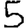
Digit: 5